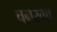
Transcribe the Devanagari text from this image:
चनस्मा